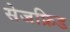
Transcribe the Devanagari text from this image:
सेजफ्रिड